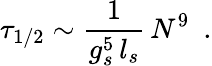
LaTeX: \tau_{1/2}\sim{\frac{1}{g_{s}^{5}\, l_{s}}}\, N^{9}~~.